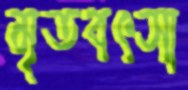
মৃতবৎসা